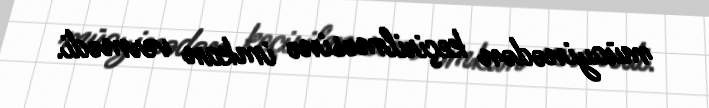
müayinədən keçirilməsinə imkan vermədi.